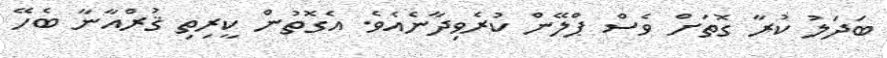
ބަދަލު ކުރާ ގޮތަށް ވެސް ޕްލޭން ކުރެވިދާނެއެވެ. އެގޮތުން ކީރިތި ޤުރްއާނާ ބެހޭ